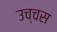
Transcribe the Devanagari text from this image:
उच्चस